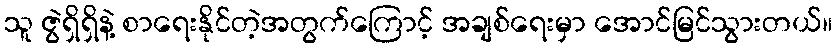
သူ ဇွဲရှိရှိနဲ့ စာရေးနိုင်တဲ့အတွက်ကြောင့် အချစ်ရေးမှာ အောင်မြင်သွားတယ်။